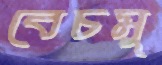
বেচমু